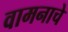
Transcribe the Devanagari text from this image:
वामनाचे